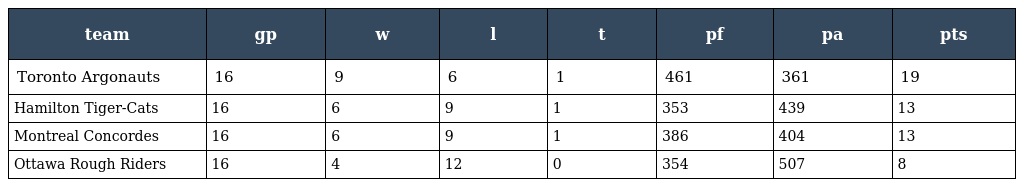
| team | gp | w | l | t | pf | pa | pts |
 | --- | --- | --- | --- | --- | --- | --- | --- |
 | Toronto Argonauts | 16 | 9 | 6 | 1 | 461 | 361 | 19 |
 | Hamilton Tiger-Cats | 16 | 6 | 9 | 1 | 353 | 439 | 13 |
 | Montreal Concordes | 16 | 6 | 9 | 1 | 386 | 404 | 13 |
 | Ottawa Rough Riders | 16 | 4 | 12 | 0 | 354 | 507 | 8 |